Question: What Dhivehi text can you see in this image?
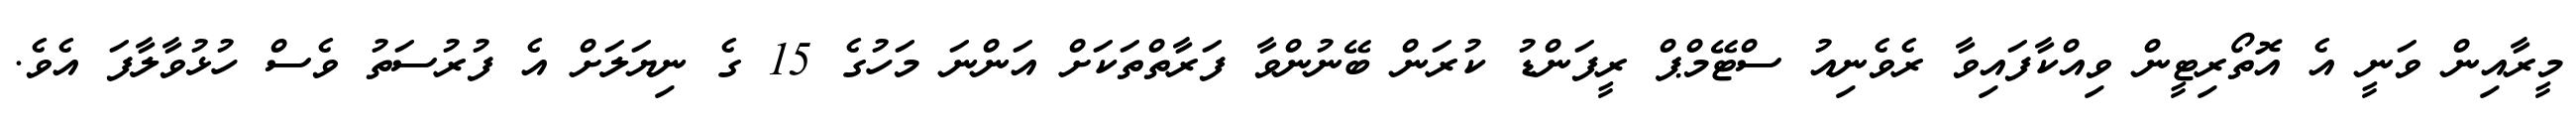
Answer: މީރާއިން ވަނީ އެ އޮތޯރިޓީން ވިއްކާފައިވާ ރެވެނިއު ސްޓޭމްޕް ރީފަންޑު ކުރަން ބޭނުންވާ ފަރާތްތަކަށް އަންނަ މަހުގެ 15 ގެ ނިޔަލަށް އެ ފުރުސަތު ވެސް ހުޅުވާލާފަ އެވެ.